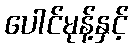
ပေါင်မုန့်နှင့်